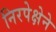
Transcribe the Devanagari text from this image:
निरपेक्षेने